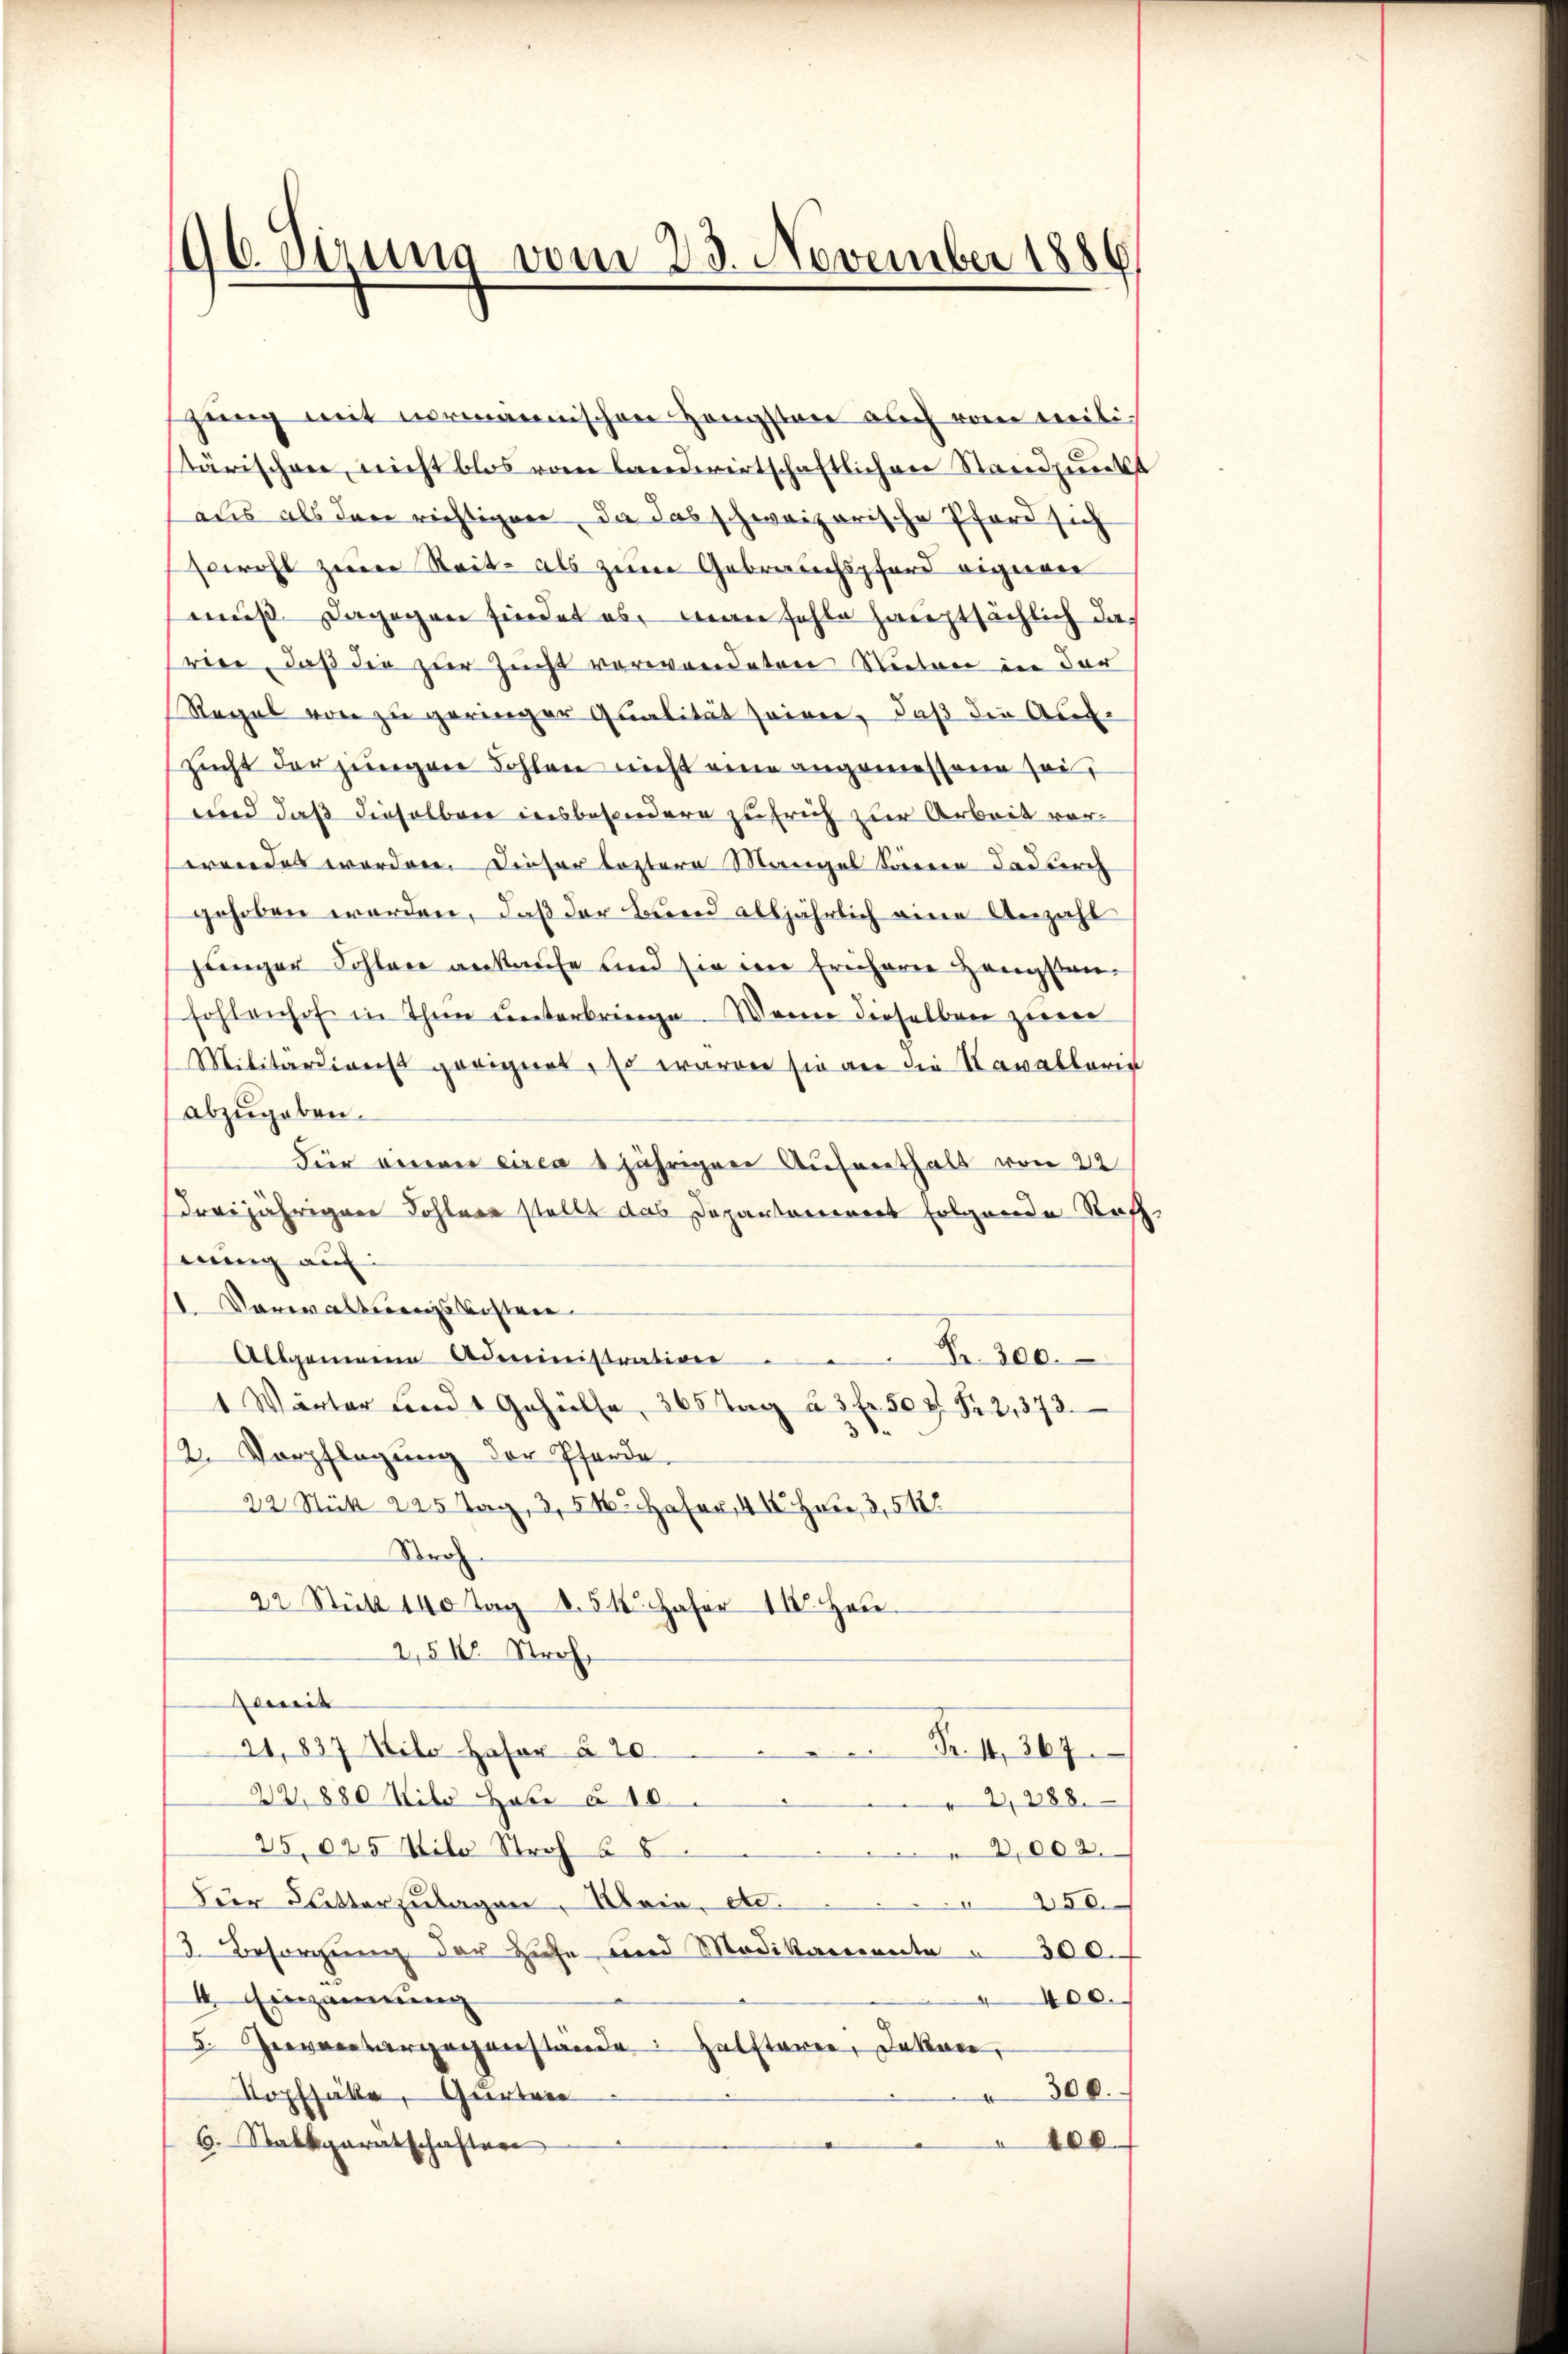
96. Sizung vom 23. November 1886/

gung mit normannischen Hengsten auch vom Freili
tärischen, nicht blos vom landwirtschaftlichen Standpunkt
aus als den richtigen, da das schweizerische Pferd sich
sowohl zur Reit- als zum Gebrauchsford eigerer
muß. Dagegen findet es, man fehle hauptsächlich darier, daß die zur Zucht verwendeten Natone in der
Regel von zu geringer Qualität seiner, daß die Aufzucht der jungen Fohlen nicht eine angemessene sei¬
und daß dieselben insbesondere zufrich zur Arbeit vorerwiedels worden. Dieser leztere Mangel trieren dadurch
gehoben werden, daß der Bund alljährlich eine Anzahl
jünger Schlane ankaufe und sie im frühere Zeugsten-
fohlenhof in Thun unterbringe. Wenn dieselben zum
Militärdienst geeignet, so waren sie an die Kavalleris
abzugeben.
Für einen circa 1jährigen Aufenthalt von 22
dreijährigene Fohler stellt das Departarierent folgende Raff
mung auf
1. Vorwaltungskosten
Allgemeine Administration Fr. 300.
1 Wärter Land 1 Gehülfe 365 Tag à 3 fr. 50 Fr. 2, 373.
12. Verpflegŭng der Pferde.
22 Stük 225 Tag, 3,5kr. Hafer, 4 Heer, 3,5122
Stroh
22 Stük 140 Tag 8. 542. Hafer 118. Heu
2,515 Stroh
oweit
21,837 Kilo Hafer § 20.
Fr. 1. 267
22,880 Kilo Habe à 10
2,288.
25,025 Vilo Stroh § 8
2,002.
Der Butterzulagen, Klein, etc.
250.
3. Besorgung der Hufe und Modikamente 300.
1. Einzainung
400.
5. Seeventargegenstände: Zalsterer, Jakon
300.
Kopfsäle, Gurten
6. Stadtparatschaftere
400.